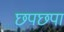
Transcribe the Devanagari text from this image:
छपछपा